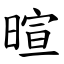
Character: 暄